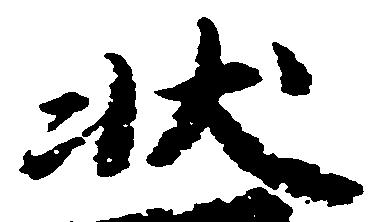
状